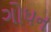
ગોધન